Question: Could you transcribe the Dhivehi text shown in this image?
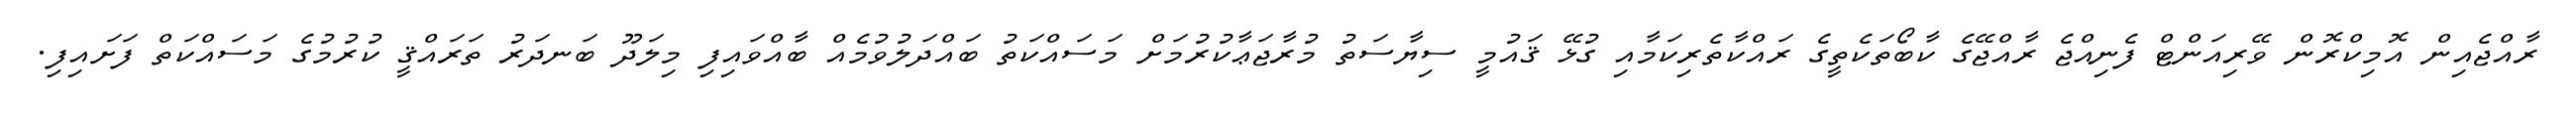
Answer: ރާއްޖެއިން އޮމިކްރޮން ވޭރިއަންޓް ފެނިއްޖެ ރާއްޖޭގެ ކާބޯތަކެތީގެ ރައްކާތެރިކަމާއި ގުޅޭ ޤައުމީ ސިޔާސަތު މުރާޖަޢާކުރުމަށް މަސައްކަތު ބައްދަލުވުމެއް ބާއްވައިފި މިލަދޫ ބަނދަރު ތަރައްޤީ ކުރުމުގެ މަސައްކަތް ފަށައިފި.